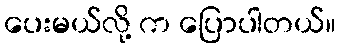
ပေးမယ်လို့ က ပြောပါတယ်။